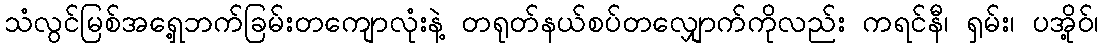
သံလွင်မြစ်အရှေ့ဘက်ခြမ်းတကျောလုံးနဲ့ တရုတ်နယ်စပ်တလျှောက်ကိုလည်း ကရင်နီ၊ ရှမ်း၊ ပအို့ဝ်၊